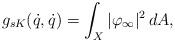
LaTeX: \begin{align*}g_{sK}(\dot q, \dot q) = \int_X |\varphi_\infty|^2\, dA, \end{align*}